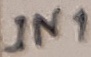
Text: IN1